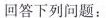
回答下列问题：